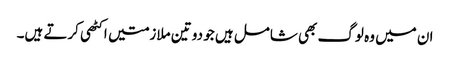
ان میں وہ لوگ بھی شامل ہیں جو دو تین ملازمتیں اکٹھی کرتے ہیں۔